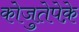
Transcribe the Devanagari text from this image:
कोजुतेपेक़े